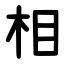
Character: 相